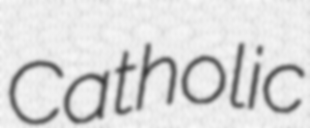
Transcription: Catholic